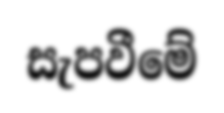
සැපවීමේ